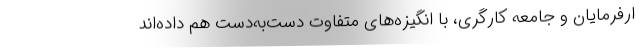
ارفرمایان و جامعه کارگری، با انگیزه‌های متفاوت دست‌به‌دست هم داده‌اند